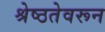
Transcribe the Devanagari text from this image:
श्रेष्ठतेवरून